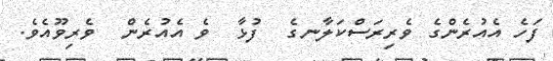
ފަހެ އެއުރެންގެ ވެރިރަސްކަލާނގެ  ފުޅާ  ވެ އެއުރެން  ވެރިވޫއެވެ.